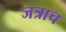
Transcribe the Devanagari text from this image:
जत्राच